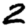
Digit: 2